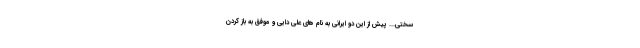
سختی... پیش از این دو ایرانی به نام های علی دایی و موفق به باز کردن